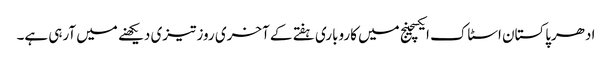
ادھرپاکستان اسٹاک ایکسچینج میں کاروباری ہفتے کے آخری روز تیزی دیکھنے میں آرہی ہے۔